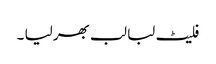
فلیٹ لبا لب بھر لیا ۔